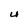
Character: U